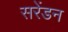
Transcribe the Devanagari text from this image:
सरेंडन